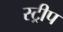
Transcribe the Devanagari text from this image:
स्‍ट्रीप